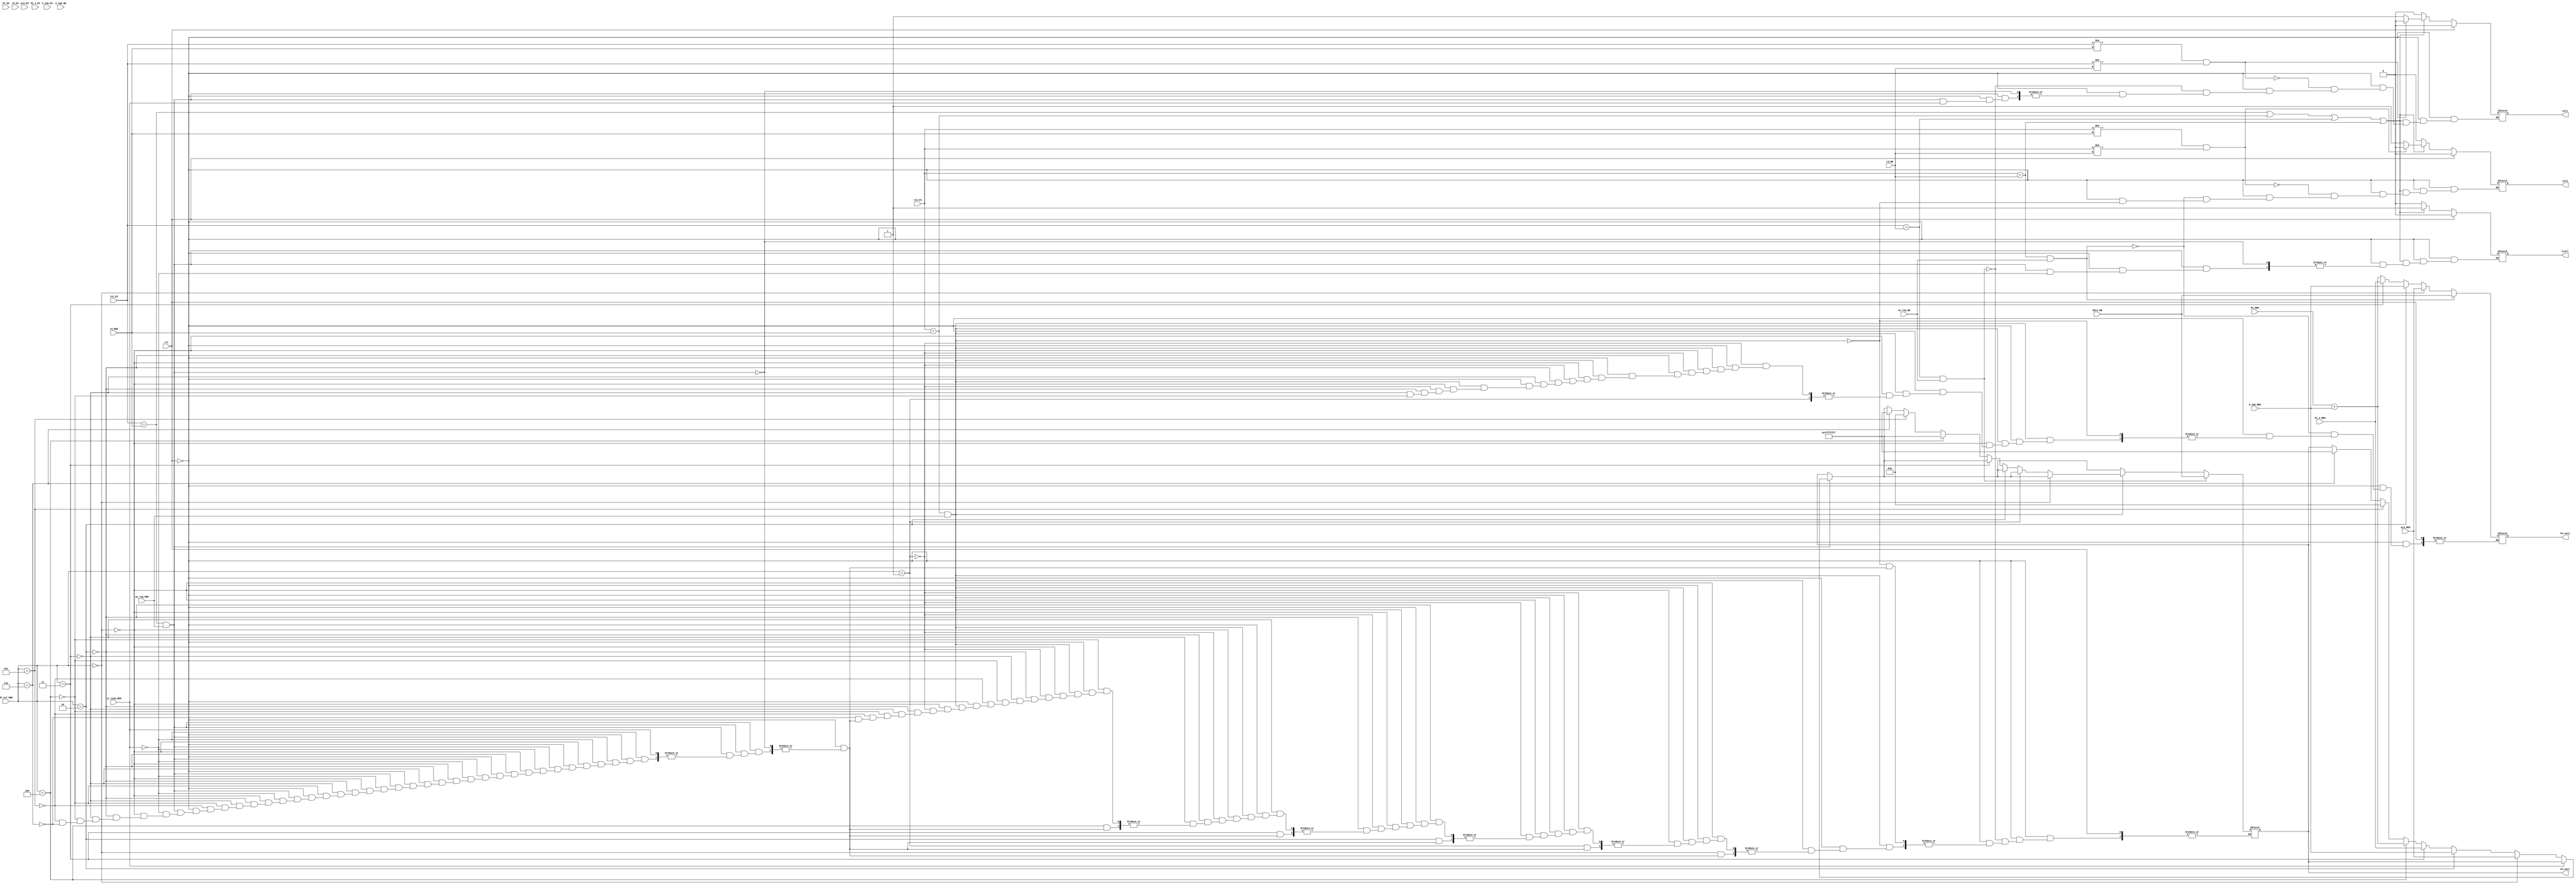


module Forwarding_Unit( ALU_EX, ALU_MEM, data_WB, PC_EX, PC_MEM, PC_4_EX, PC_4_MEM, U_imm_EX, U_imm_MEM, U_imm_WB,
								rd_EX, rd_MEM, rd_WB, rs1_EX, rs2_EX,
								RF_sel_MEM, we_reg_MEM, we_reg_WB,
								FU_out1, FU_out2, sel1, sel2,
								is_load_MEM, stall, rst);
		
		input [31:0] ALU_EX, ALU_MEM, data_WB, PC_EX, PC_MEM, PC_4_EX, PC_4_MEM, U_imm_EX, U_imm_MEM, U_imm_WB;
		input [2:0] RF_sel_MEM;
		input [4:0] rd_EX, rd_MEM, rd_WB, rs1_EX, rs2_EX;
		input is_load_MEM, rst;
		input we_reg_MEM, we_reg_WB;
		
		
		output reg [31:0] FU_out1, FU_out2;
		output reg sel1, sel2, stall;
		

		always @(*) begin
			
			if(rst) begin
				sel1 = 1'b0;
				sel2 = 1'b0;
				stall = 1'b0;
			end
			
			else begin
			
				if (rs1_EX == rd_MEM && we_reg_MEM) begin 
				
					if (is_load_MEM) begin 
						stall = 1'b1;
					end
					
					else begin
				
						sel1 = 1'b1;
				
						if (RF_sel_MEM == 3'b000) FU_out1 = ALU_MEM;
						else if(RF_sel_MEM == 3'b010) FU_out1 = U_imm_MEM;
						else if(RF_sel_MEM == 3'b011) FU_out1 = PC_4_MEM;
						else if(RF_sel_MEM == 3'b100) FU_out1 = PC_MEM + U_imm_MEM;
						else if(RF_sel_MEM == 3'b101) FU_out1 = 32'b0;
						else if(RF_sel_MEM == 3'b110) FU_out1 = 32'hffffffff;
					end
				end
				
				
				if (rs2_EX == rd_MEM && we_reg_MEM) begin 
				
					sel2 = 1'b1;
					
					if (RF_sel_MEM == 3'b000) FU_out2 = ALU_MEM;
					else if(RF_sel_MEM == 3'b001) ; //Should be stalled for one cycle
					else if(RF_sel_MEM == 3'b010) FU_out2 = U_imm_MEM;
					else if(RF_sel_MEM == 3'b011) FU_out2 = PC_4_MEM;
					else if(RF_sel_MEM == 3'b100) FU_out2 = PC_MEM + U_imm_MEM;
					else if(RF_sel_MEM == 3'b101) FU_out1 = 32'b0;
					else if(RF_sel_MEM == 3'b110) FU_out1 = 32'hffffffff;
				
				end
				
				
				if (rs1_EX == rd_WB && we_reg_WB) begin 
					sel1 = 1'b1;
					FU_out1 = data_WB;
				end
				
				if (rs2_EX == rd_WB && we_reg_WB) begin 
					sel2 = 1'b1;
					FU_out2 = data_WB;
				end
				
				if(rs1_EX != rd_MEM && rs1_EX != rd_WB) sel1 = 1'b0;
				if(rs2_EX != rd_MEM && rs2_EX != rd_WB) sel2 = 1'b0;
				
				if (!(rs1_EX == rd_MEM || rs2_EX == rd_MEM || rs1_EX == rd_WB || rs2_EX == rd_WB))  begin // If any forwarding conditional is not activated
					stall = 1'b0;
					sel1 = 1'b0;
					sel2 = 1'b0;
				end
			
			end
		end

endmodule